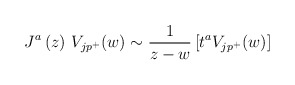
\begin{align*}J^a\left( z\right) \,V_{jp^{+}}(w)\sim \frac 1{z-w}\left[t^aV_{jp^{+}}(w)\right]\end{align*}